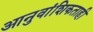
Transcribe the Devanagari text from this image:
आनुवांशिकताही